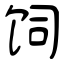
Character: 饲